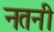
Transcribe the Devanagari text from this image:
नतनी